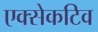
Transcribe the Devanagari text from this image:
एक्सेकटिव